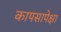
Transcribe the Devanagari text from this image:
कापसापेक्षा